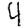
Digit: 4